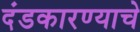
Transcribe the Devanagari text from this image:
दंडकारण्याचे